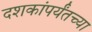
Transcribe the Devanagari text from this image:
दशकांपर्यंतच्या